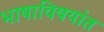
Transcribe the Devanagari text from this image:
भाषाविषयांत